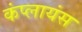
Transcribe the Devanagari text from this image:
कंप्लायंस